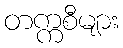
တက္ကစီများ